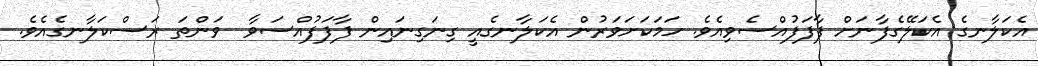
އެކަލާނގެ އެކަލޭގެފާނަށް ފާފަފުއްސެވިއެވެ. ހަމަކަށަވަރުން އެކަލާނގެއީ ގިނަގިނައިން ފާފަފުއްސަވާ  ވަންތަ ރަސްކަލާނގެއެވެ.